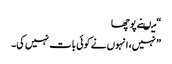
“ میںنے پوچھا
” نہیں، انہوں نے کوئی بات نہیں کی۔